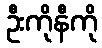
ဦးကိုနီကို